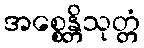
အစ္စေန္တိသုတ္တံ